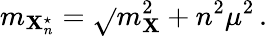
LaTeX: m_{\mathbf{X}_{n}^{\star}}=\sqrt{}{{m_{\mathbf{X}}^{2}+n^{2}\mu^{2}}}\, .